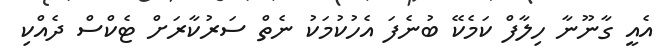
އެއީ ގާނޫނާ ހިލާފް ކަމެކޭ ބުނެފަ އެހުކުމަކު ނެތް ސަރުކާރަށް ޓެކްސް ދެއްކި